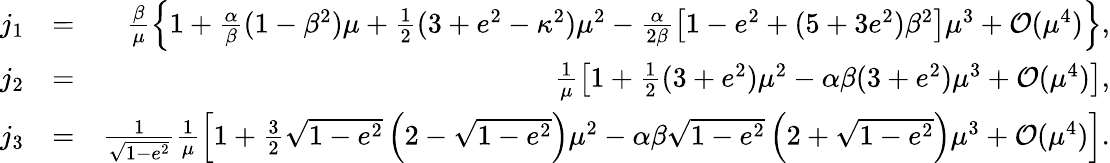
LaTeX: \begin{array}{rlr}{j_{1}}&{=}&{\frac{\beta}{\mu}\left\{ 1+\frac{\alpha}{\beta}(1-\beta^{2})\mu+\frac{1}{2}(3+e^{2}-\kappa^{2})\mu^{2}-\frac{\alpha}{2\beta}\left[1-e^{2}+(5+3e^{2})\beta^{2}\right]\mu^{3}+{\cal O}(\mu^{4})\right\} ,}\\ {j_{2}}&{=}&{\frac{1}{\mu}\left[1+\frac{1}{2}(3+e^{2})\mu^{2}-\alpha\beta(3+e^{2})\mu^{3}+{\cal O}(\mu^{4})\right],}\\ {j_{3}}&{=}&{\frac{1}{\sqrt{1-e^{2}}}\frac{1}{\mu}\left[1+\frac{3}{2}\sqrt{1-e^{2}}\left(2-\sqrt{1-e^{2}}\right)\mu^{2}-\alpha\beta\sqrt{1-e^{2}}\left(2+\sqrt{1-e^{2}}\right)\mu^{3}+{\cal O}(\mu^{4})\right].}\end{array}